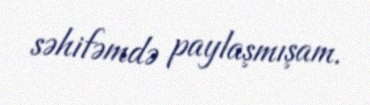
səhifəmdə paylaşmışam.